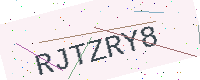
Text: RJTZRY8